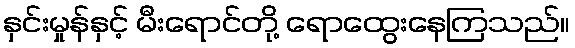
နှင်းမှုန်နှင့် မီးရောင်တို့ ရောထွေးနေကြသည်။